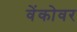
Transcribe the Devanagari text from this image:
वेंकोवर